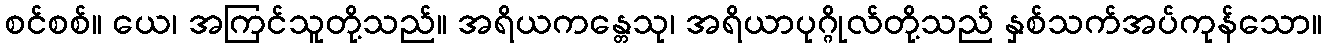
စင်စစ်။ ယေ၊ အကြင်သူတို့သည်။ အရိယကန္တေသု၊ အရိယာပုဂ္ဂိုလ်တို့သည် နှစ်သက်အပ်ကုန်သော။